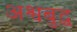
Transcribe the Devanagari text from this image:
अश्वबुद्ध